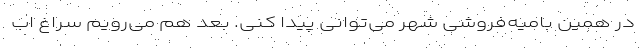
در همین بامیه‌فروشی شهر می‌توانی پیدا کنی. بعد هم می‌رویم سراغ اب